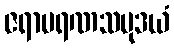
ဇရာမရဏသမုဒယံ